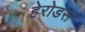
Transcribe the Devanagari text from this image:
हेरोडस